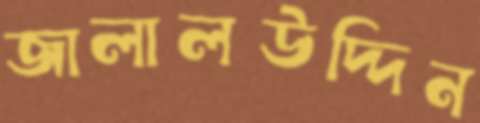
জালালউদ্দিন